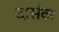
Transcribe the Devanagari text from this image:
दासंक